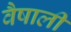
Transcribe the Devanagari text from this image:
वैषाली